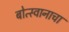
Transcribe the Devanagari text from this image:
बोत्स्वानाचा